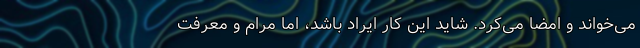
می‌خواند و امضا می‌کرد. شاید این کار ایراد باشد، اما مرام و معرفت